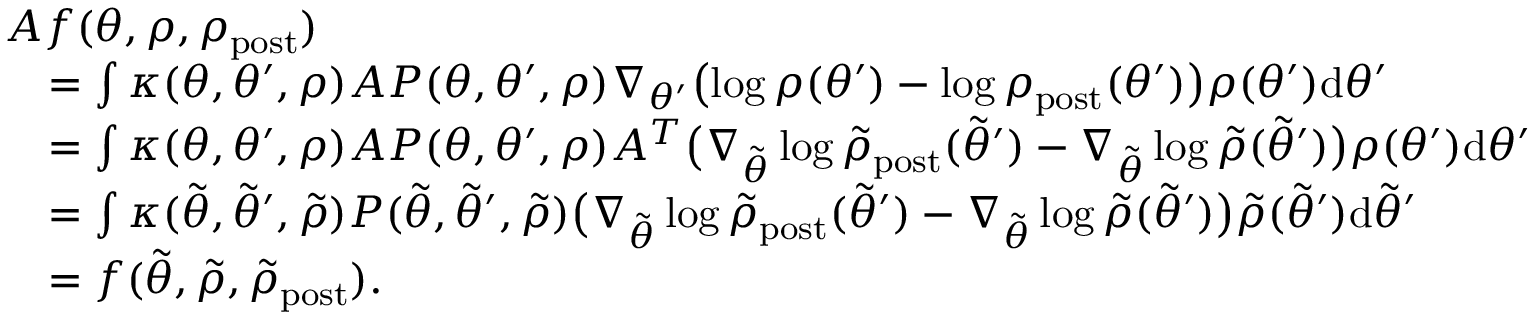
\begin{array} { r l } & { A f ( \theta , \rho , \rho _ { \mathrm { p o s t } } ) } \\ & { \quad = \int \kappa ( \theta , \theta ^ { \prime } , \rho ) A P ( \theta , \theta ^ { \prime } , \rho ) \nabla _ { \theta ^ { \prime } } \bigl ( \log \rho ( \theta ^ { \prime } ) - \log \rho _ { \mathrm { p o s t } } ( \theta ^ { \prime } ) \bigr ) \rho ( \theta ^ { \prime } ) \mathrm { d } \theta ^ { \prime } } \\ & { \quad = \int \kappa ( \theta , \theta ^ { \prime } , \rho ) A P ( \theta , \theta ^ { \prime } , \rho ) A ^ { T } \bigl ( \nabla _ { \tilde { \theta } } \log \tilde { \rho } _ { \mathrm { p o s t } } ( \tilde { \theta } ^ { \prime } ) - \nabla _ { \tilde { \theta } } \log \tilde { \rho } ( \tilde { \theta } ^ { \prime } ) \bigr ) \rho ( \theta ^ { \prime } ) \mathrm { d } \theta ^ { \prime } } \\ & { \quad = \int \kappa ( \tilde { \theta } , \tilde { \theta } ^ { \prime } , \tilde { \rho } ) P ( \tilde { \theta } , \tilde { \theta } ^ { \prime } , \tilde { \rho } ) \bigl ( \nabla _ { \tilde { \theta } } \log \tilde { \rho } _ { \mathrm { p o s t } } ( \tilde { \theta } ^ { \prime } ) - \nabla _ { \tilde { \theta } } \log \tilde { \rho } ( \tilde { \theta } ^ { \prime } ) \bigr ) \tilde { \rho } ( \tilde { \theta } ^ { \prime } ) \mathrm { d } \tilde { \theta } ^ { \prime } } \\ & { \quad = f ( \tilde { \theta } , \tilde { \rho } , \tilde { \rho } _ { \mathrm { p o s t } } ) . } \end{array}